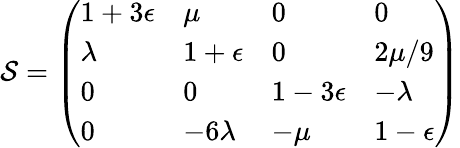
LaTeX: {\cal S}=\left(\begin{array}{llll}{{1+3\epsilon}}&{{\mu}}&{{0}}&{{0}}\\ {{\lambda}}&{{1+\epsilon}}&{{0}}&{{2\mu/9}}\\ {{0}}&{{0}}&{{1-3\epsilon}}&{{-\lambda}}\\ {{0}}&{{-6\lambda}}&{{-\mu}}&{{1-\epsilon}}\end{array}\right)